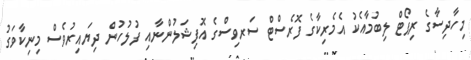
މިހާދިސާގެ ރިޕޯޓް ލިބުމާއެކު އެމެރިކާގެ ފޮރެސްޓް ސަރވިސްގެ އޮފިޝަލުންނާއި ފުލުހުން ދިޔައިރުވެސް މިނިކާވަގު